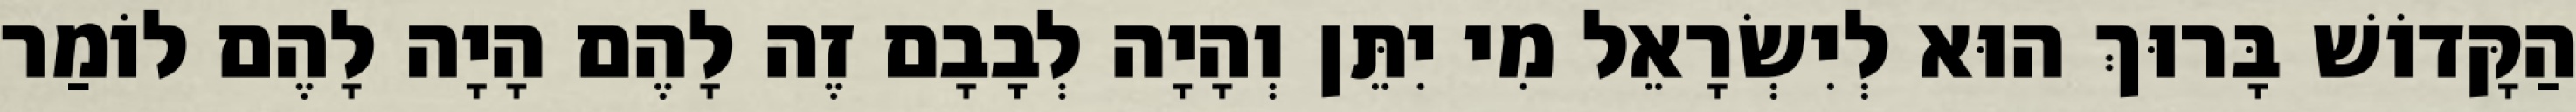
הַקָּדוֹשׁ בָּרוּךְ הוּא לְיִשְׂרָאֵל מִי יִתֵּן וְהָיָה לְבָבָם זֶה לָהֶם הָיָה לָהֶם לוֹמַר